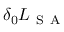
\delta _ { 0 } L _ { \mathrm { ~ S ~ A ~ } }